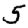
Digit: 5